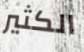
الكثير